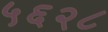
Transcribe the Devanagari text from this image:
५६२८